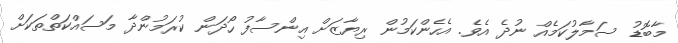
މާބޮޑު ސަމާލުކަމެއް ނުދެ އެވެ. އެހެންކަމުން ރިޔާޒަށް އިންސާފު ހޯދަން ކުރަމުންދާ މަސައްކަތްތަކަށް